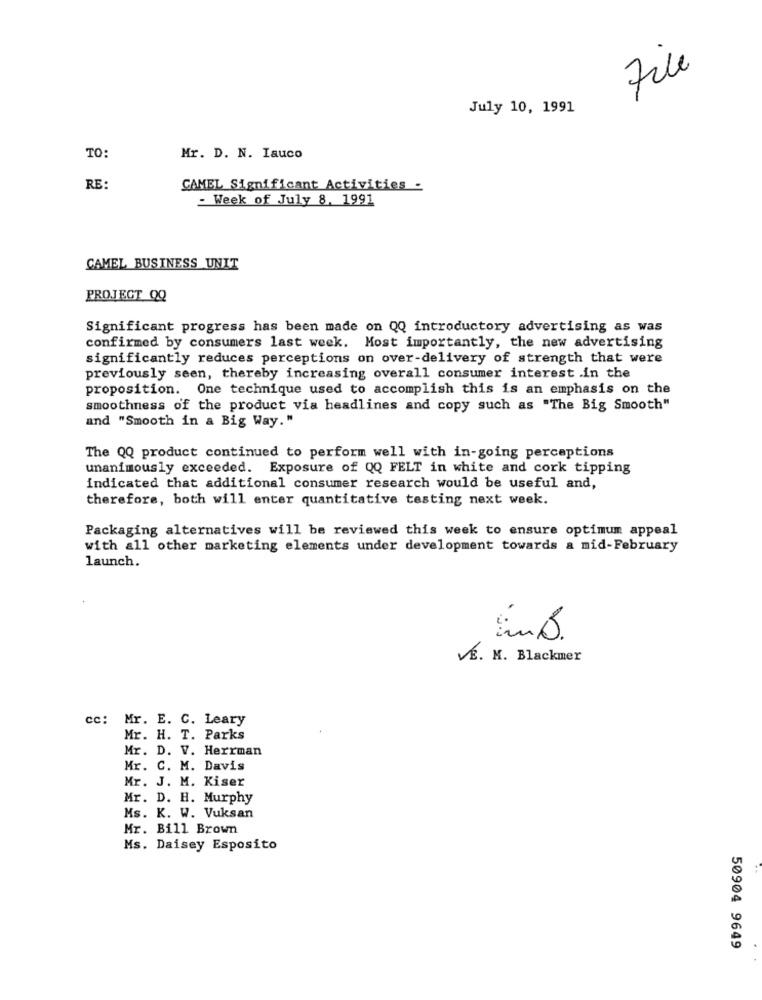
File
July 10, 1991
TO:
Mr. D. N. Iauco
RE:
CAMEL Significant Activities -
- Week of July 8. 1991
CAMEL BUSINESS UNIT
PROJECT QQ
Significant progress has been made on QQ introductory advertising as was
confirmed by consumers last week. Most importantly, the new advertising
significantly reduces perceptions on over-delivery of strength that were
previously seen, thereby increasing overall consumer interest .in the
proposition. One technique used to accomplish this is an emphasis on the
smoothness of the product via headlines and copy such as "The Big Smooth"
and "Smooth in a Big Way."
The QQ product continued to perform well with in-going perceptions
unanimously exceeded. Exposure of QQ FELT in white and cork tipping
indicated that additional consumer research would be useful and,
therefore, both will enter quantitative testing next week.
Packaging alternatives will be reviewed this week to ensure optimum appeal
with all other marketing elements under development towards a mid-February
launch.
E. M. Blackmer
cc: Mr. E. C. Leary
Mr. H. T. Parks
Mr. D. V. Herrman
Mr. C. M. Davis
Mr. J. M. Kiser
Mr. D. H. Murphy
Ms. K. W. Vuksan
Mr. Bill Brown
Ms. Daisey Esposito
50904 9649